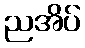
ညအိပ်